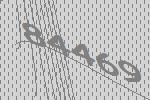
84469